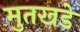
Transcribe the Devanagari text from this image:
मुतखडे